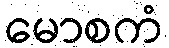
မောစကံ